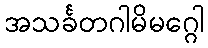
အသင်္ခတဂါမိမဂ္ဂေါ